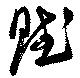
賦